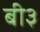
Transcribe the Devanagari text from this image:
बी३